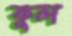
ফুল